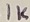
Text: 1K